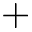
+